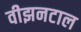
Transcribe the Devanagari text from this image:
वीझनटाल